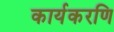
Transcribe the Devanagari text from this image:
कार्यकरणि